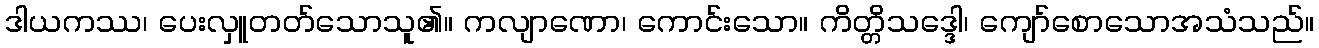
ဒါယကဿ၊ ပေးလှူတတ်သောသူ၏။ ကလျာဏော၊ ကောင်းသော။ ကိတ္တိသဒ္ဒေါ၊ ကျော်စောသောအသံသည်။